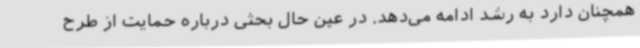
همچنان دارد به رشد ادامه می‌دهد. در عین حال بحثی درباره حمایت از طرح